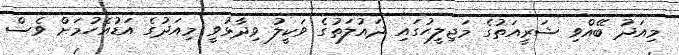
މިއަދު ބޭއްވި ޝަރީއަތުގެ މަޖިލީހުގައި ދައުލަތުގެ ވަކީލު ވިދާޅުވީ މިއަދުގެ އަޑުއެހުމަށް ވެސް